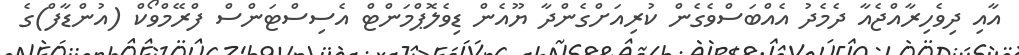
އާއި ދިވެހިރާއްޖެއާ ދެމެދު އެއްބަސްވެގެން ކުރިއަށްގެންދާ ޔޫއެން ޑިވެލޮޕްމަންޓް އެސިސްޓަންސް ފްރޭމްވޯކް (އުންޑާފް)ގެ